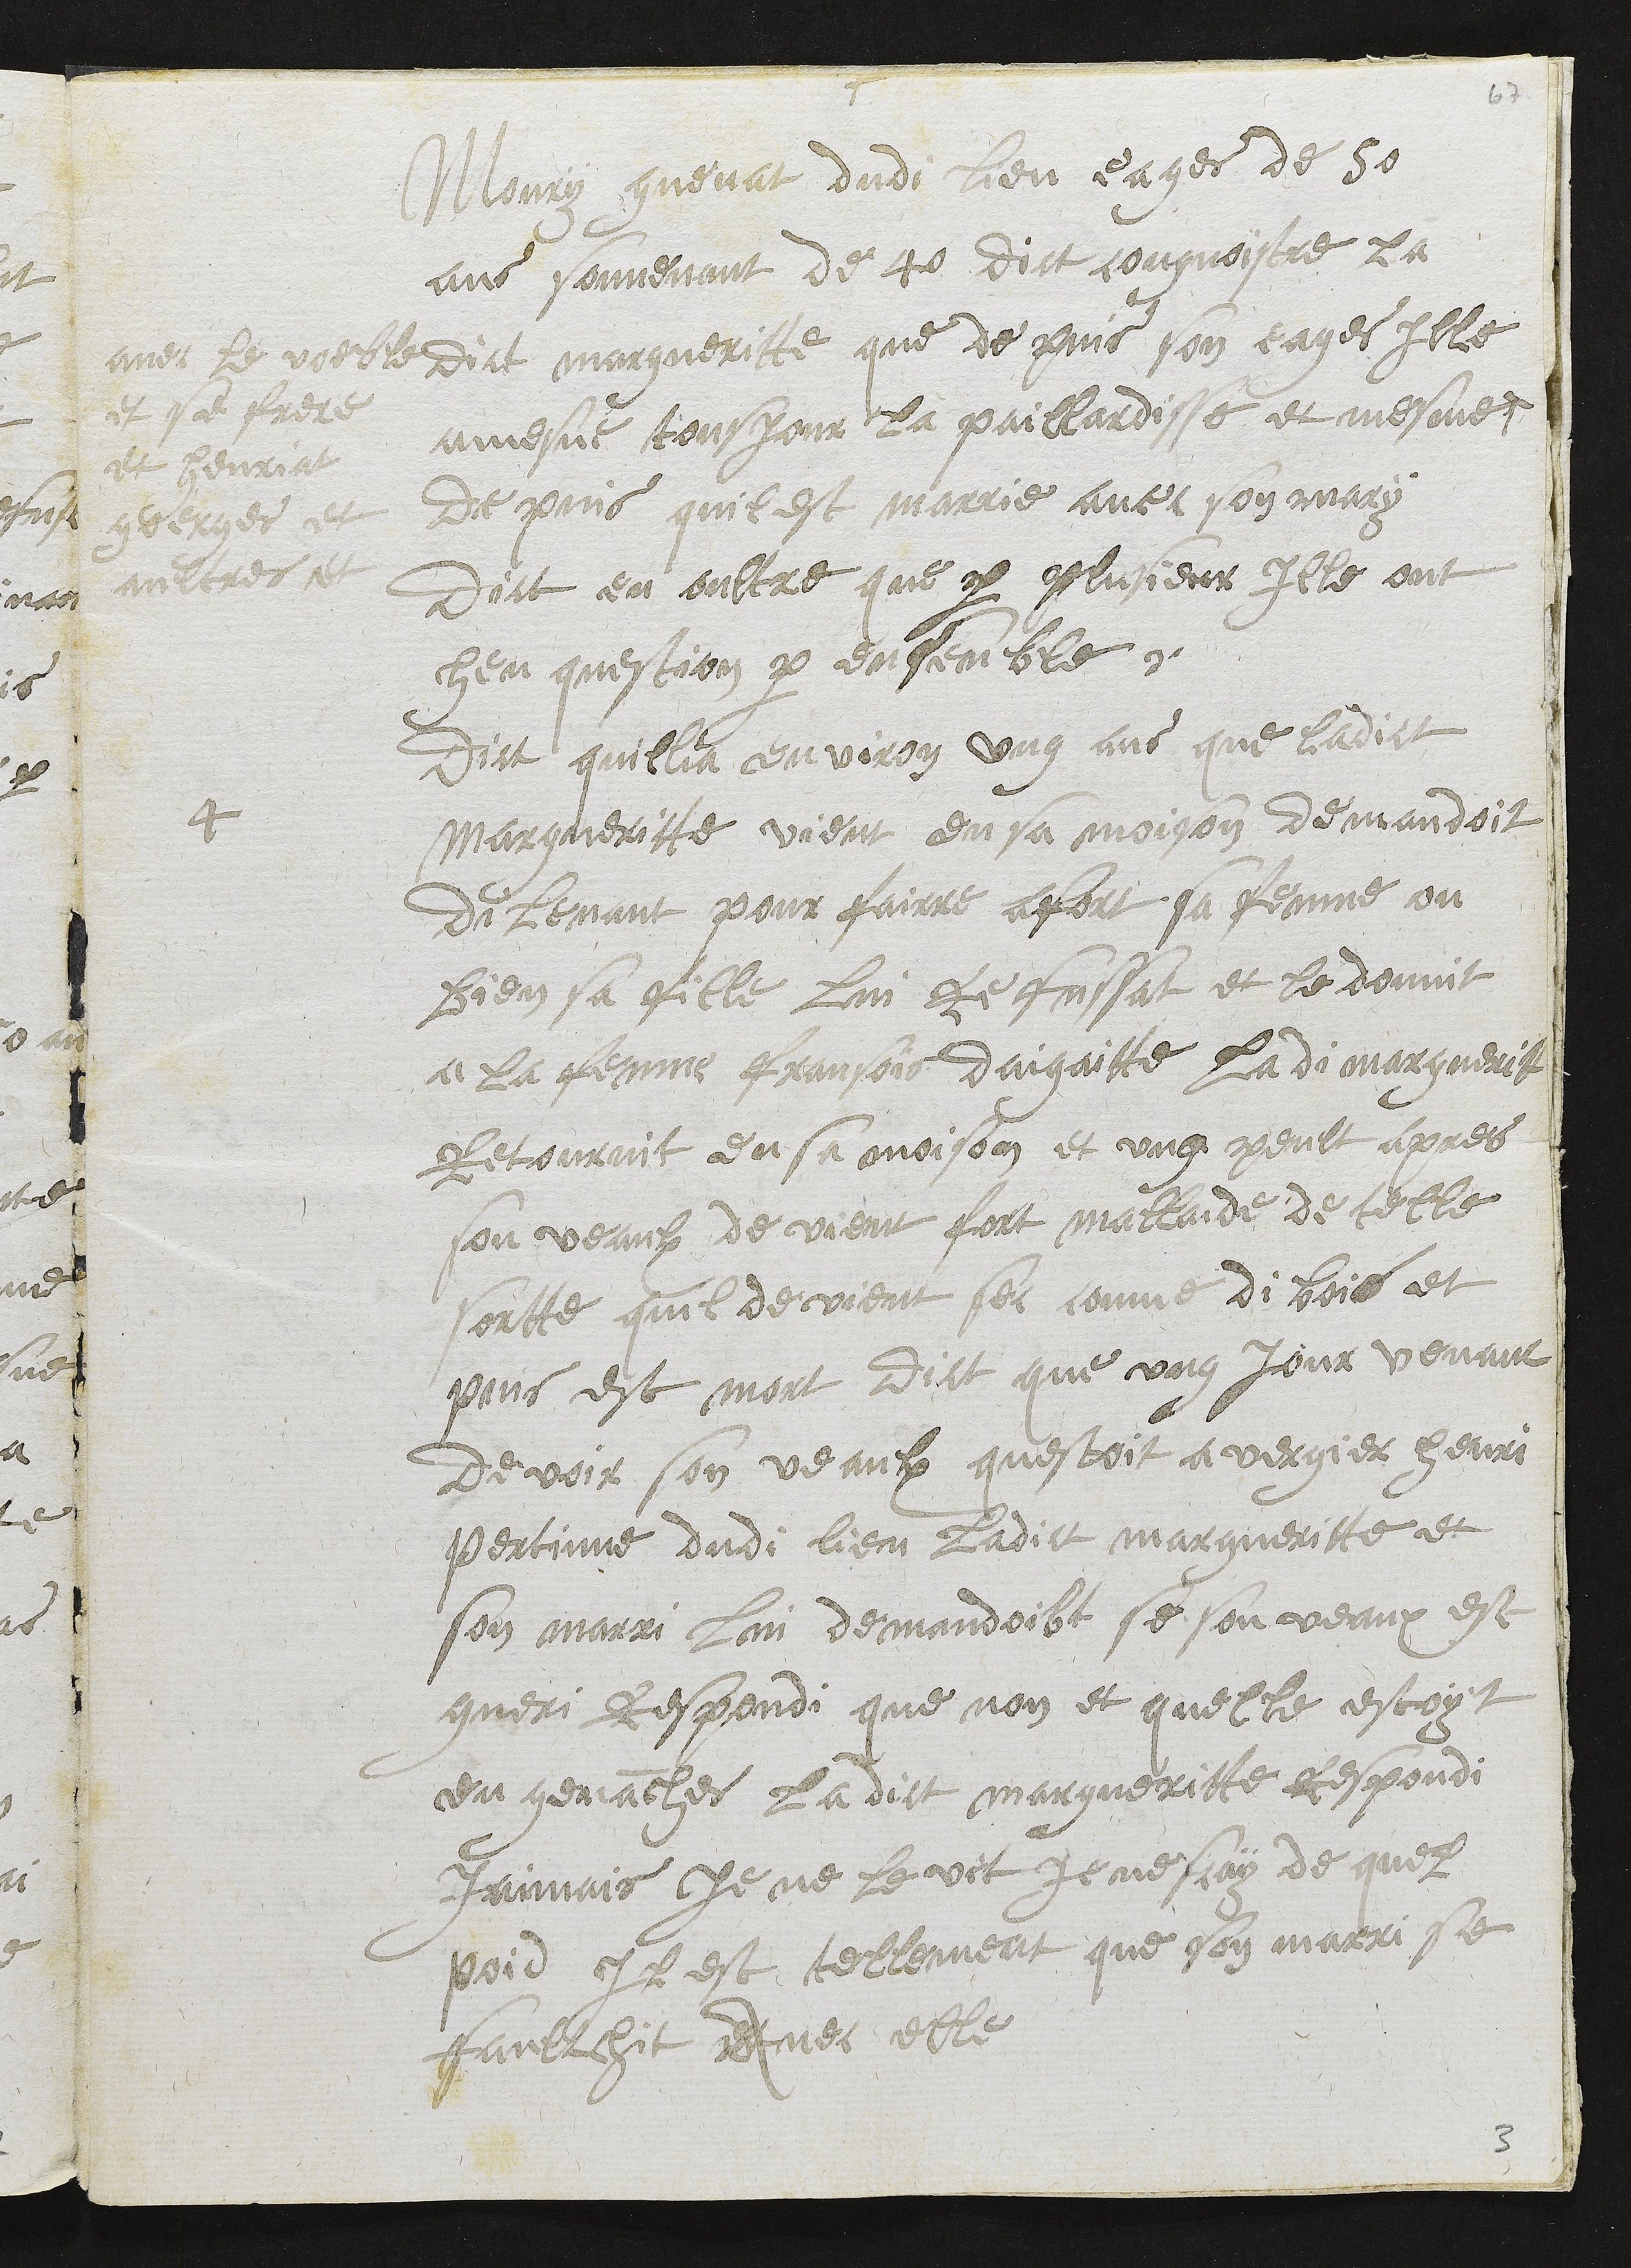
4
Moury guenat dudi lieu eages de 50
ans souvenant de 40 dict congnoistre la
dict margueritte que de puis son eages Ille
a mesne tousjour la paillardisse et mesme
avec le voeble
et se frere
et henriat
goerges et
aultres et
de puis quil est marie avec son mary
Dict en oultre que par plusieur ille ont
heu question par ensemble.
Dict quillia environ ung ans que ladict
Margueritte vient en sa moison demandoit
di lenant pour fairre afort sa femme ou
bien sa fille lui refussat et le donnit
a la femme fransoit daigatte ladi marguerit
Retournit en sa moison et ung peult apres
son veaulx de vient fort mallaide de telle
sortte quil devient sec comme di bois et
puis est mort dict que ung jour venant
de voir son veaulx questoit a vergier henri
pertinne dudi lieu ladict margueritte et
son marri lui demandoibt se son veaux est
gueri respondi que non et quelle estoyt
en genanches ladict margueritte respondi
Jaimais je ne le vit je ne scay de quel
poid Il est tellement que son marri se
faulchit Avec elle

3